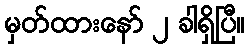
မှတ်ထားနော် ၂ ခါရှိပြီ။